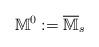
LaTeX: \begin{align*}\mathbb{M}^0:=\overline{\mathbb{M}}_s\end{align*}